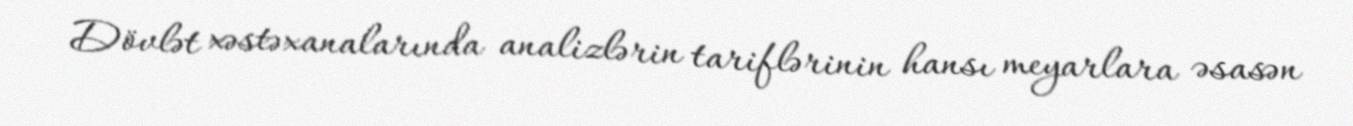
Dövlət xəstəxanalarında analizlərin tariflərinin hansı meyarlara əsasən